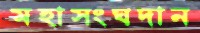
মহাসংঘদান